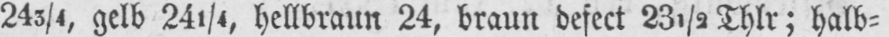
243/4, gelb 241/4, hellbraun 24, braun defect 23½ Thlr; halb⸗